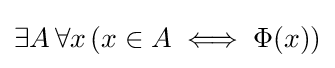
\exists A\,\forall x\,(x\in A\iff \Phi (x))